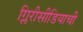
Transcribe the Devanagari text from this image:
ग्लिरीसीडियाची